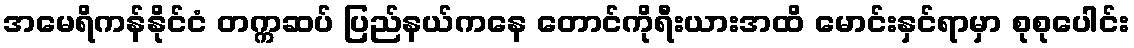
အမေရိကန်နိုင်ငံ တက္ကဆပ် ပြည်နယ်ကနေ တောင်ကိုရီးယားအထိ မောင်းနှင်ရာမှာ စုစုပေါင်း